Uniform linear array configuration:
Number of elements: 16
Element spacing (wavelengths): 0.5
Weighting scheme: blackman
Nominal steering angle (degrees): -60
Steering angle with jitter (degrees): -59.918
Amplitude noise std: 0.05
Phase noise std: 0.05

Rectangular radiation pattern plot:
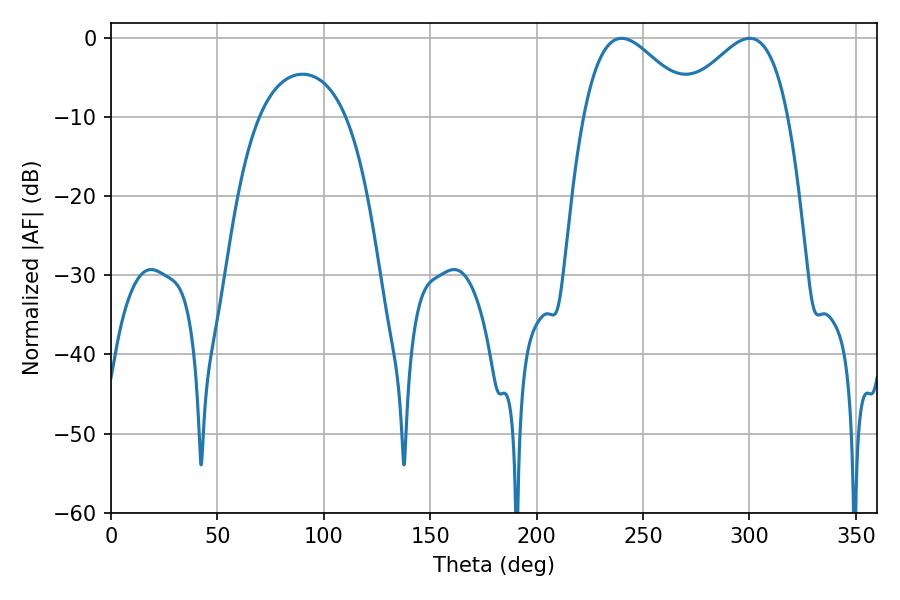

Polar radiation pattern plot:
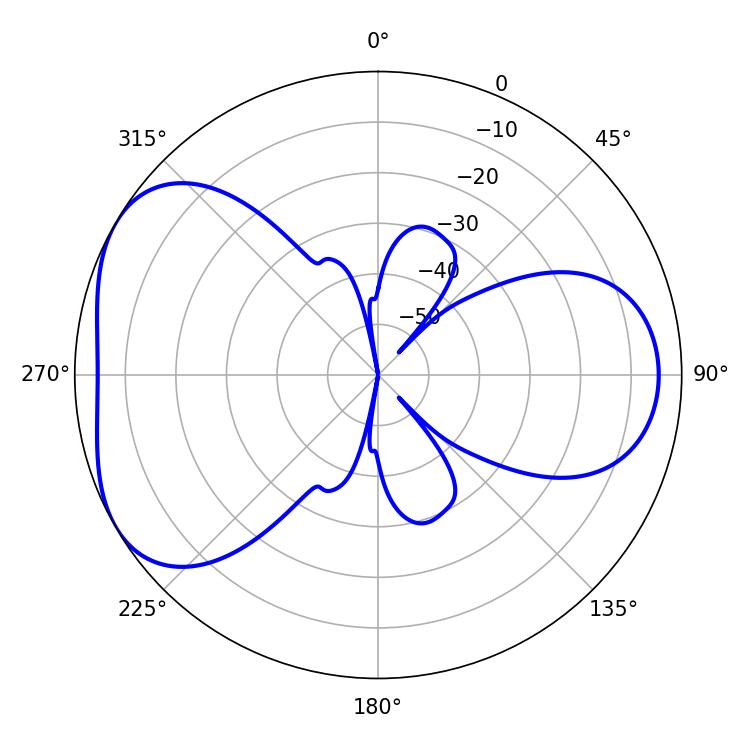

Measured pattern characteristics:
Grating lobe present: FALSE
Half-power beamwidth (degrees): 28.08
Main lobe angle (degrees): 239.94